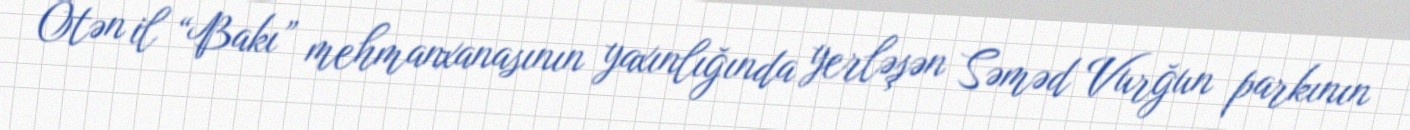
Ötən il “Bakı” mehmanxanasının yaxınlığında yerləşən Səməd Vurğun parkının